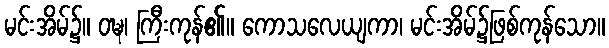
မင်းအိမ်၌။ ဝဍ္ဎ၊ ကြီးကုန်၏။ ကောသလေယျကာ၊ မင်းအိမ်၌ဖြစ်ကုန်သော။